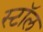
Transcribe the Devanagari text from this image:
स्टाॅल